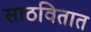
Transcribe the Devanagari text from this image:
साठवितात